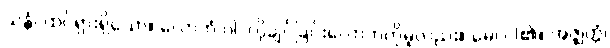
သန္တံ၊ ထင်ရှားရှိသော။ လောဘံ ဝါ၊ လိုချင်ခြင်းလောဘကိုမူလည်း။ မေ၊ ငါ၏။ အဇ္ဈတ္တံ၊